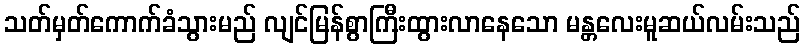
သတ်မှတ်ကောက်ခံသွားမည် လျင်မြန်စွာကြီးထွားလာနေသော မန္တလေးမူဆယ်လမ်းသည်